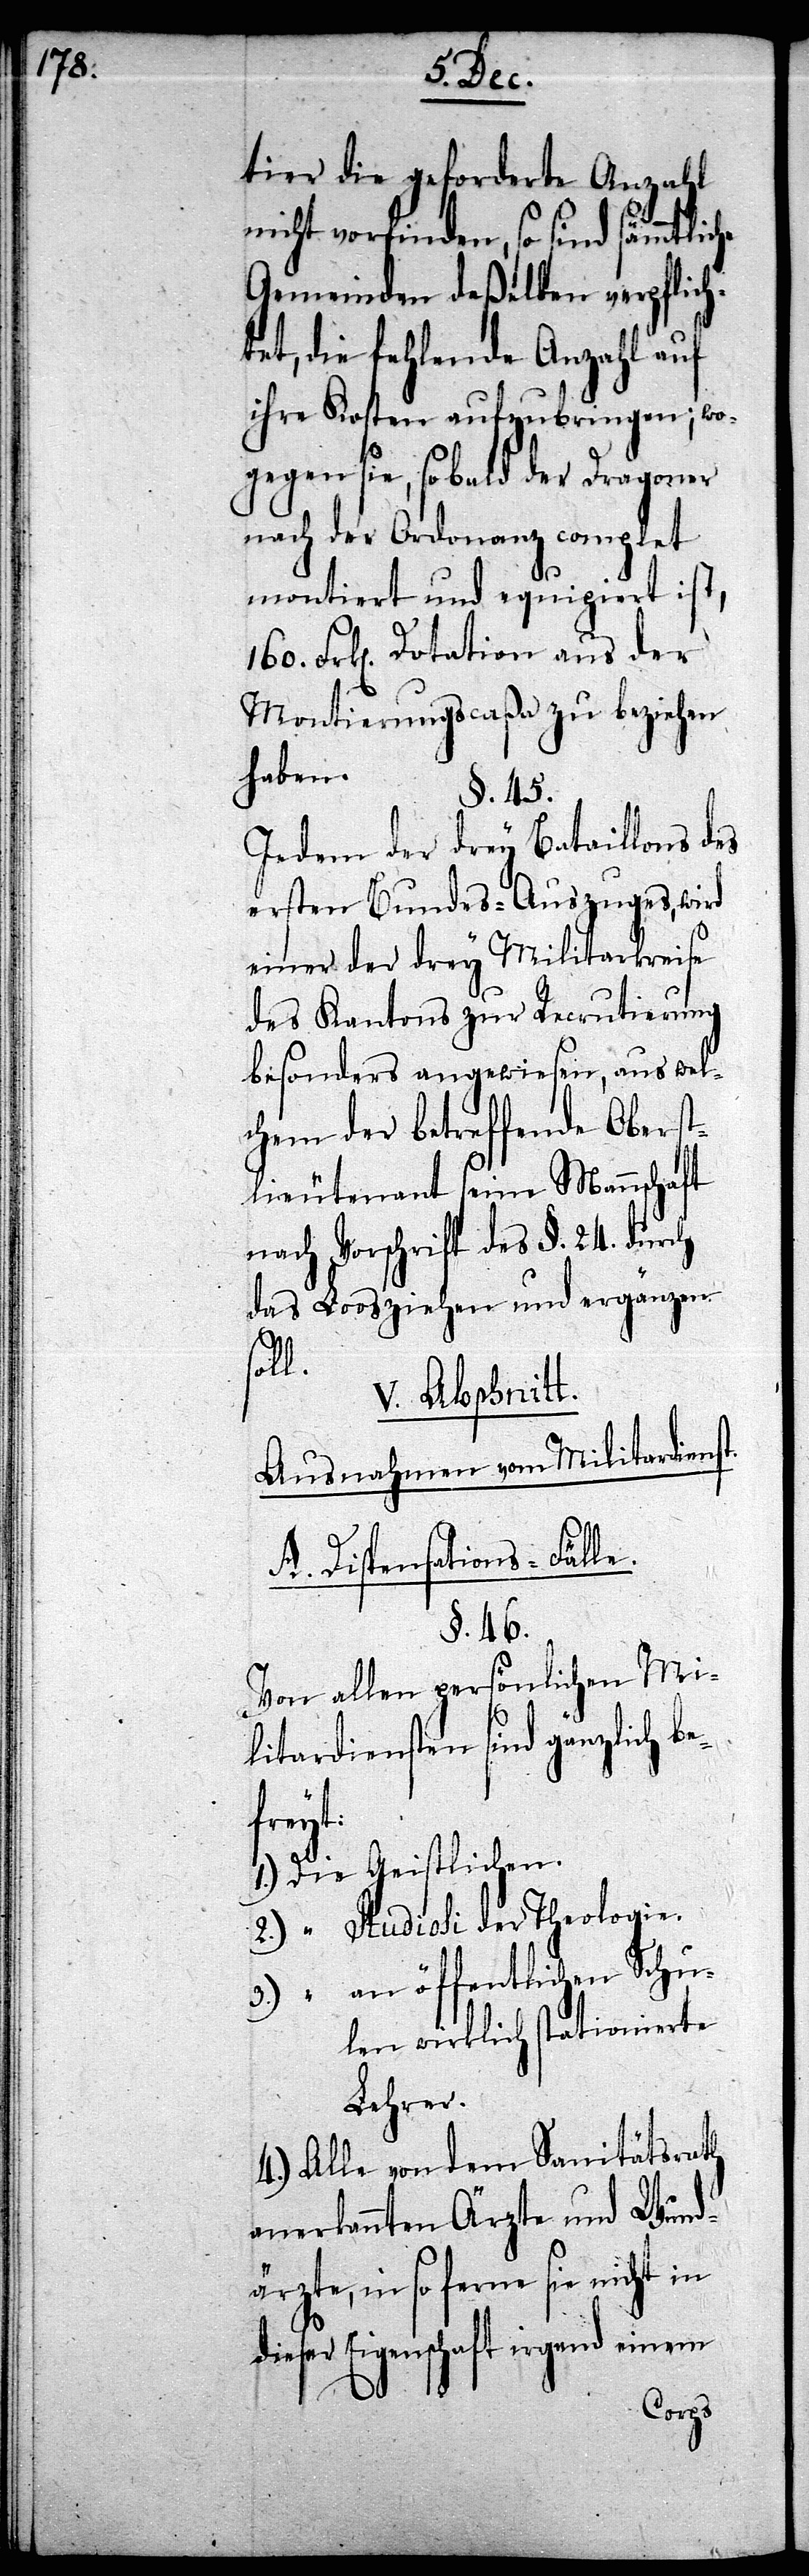
tier die geforderte Anzahl
nicht vorfinden, so sind sämmtliche
Gemeinden deßhalben verpflich¬
tet, die fehlende Anzahl auf
ihre Kosten aufzubringen; wo¬
gegen sie, so bald der Dragoner
nach der Ordonanz complet
montirt und equipiert ist,
Frk[en]. Dotation aus der
Montierungscaßa zu beziehen
haben.
§. 45.
Jedem der drey Bataillons des
ersten Bundes-Auszuges, wird
einer der drey Militarkreise
des Kantons zur Recrutierung
besonders angewiesen, aus wel¬
chem der betreffende Oberst¬
lieutenant seine Mannschaft
nach Vorschrift des §. 24. durch
das Loos ziehen und ergänzen
soll.
V. Abschnitt.
Ausnahmen vom Militardienst.
A. Dispensations-Fälle.
§. 46.
Von allen persönlichen Mi¬
litardiensten sind gänzlich be¬
dies¬
1.) Die Geistlichen.
2.) “ Studiosi der Theologie.
3.) “ an öffentlichen Schu¬
len wirklich stationierte
Lehrer.
4.) Alle von dem Sanitätsrath
anerkannten Ärzte und Wund¬
ärzte, in so ferne sie nicht in
er Eigenschaft irgend einem